Annual report of the Camel Specialist
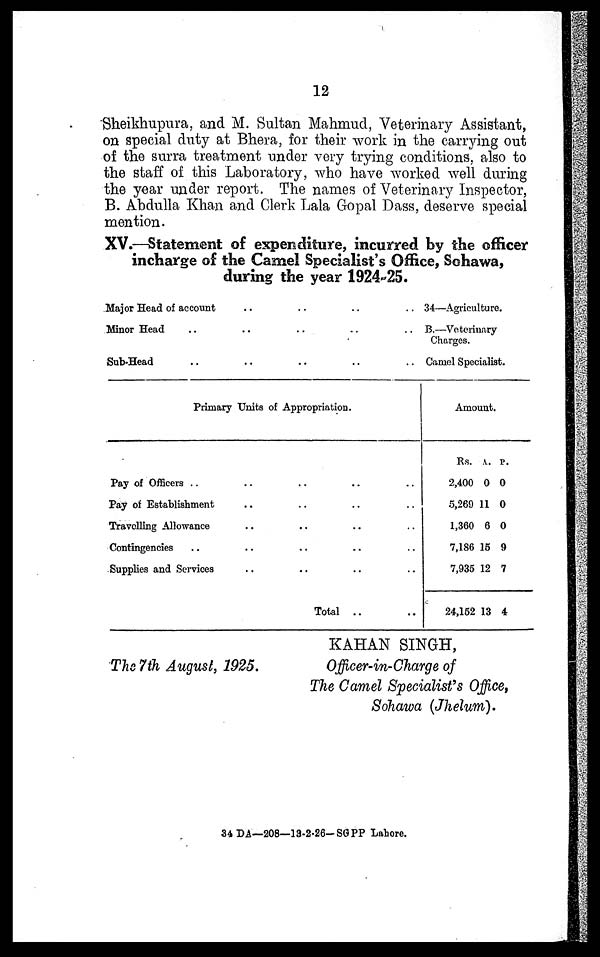
12
Sheikhupura, and M. Sultan Mahmud, Veterinary Assistant,
on special duty at Bhera, for their work in the carrying out
of the surra treatment under very trying conditions, also to
the staff of this Laboratory, who have worked well during
the year under report. The names of Veterinary Inspector,
B. Abdulla Khan and Clerk Lala Gopal Dass, deserve special
mention.
XV.—Statement of expenditure, incurred by the officer
incharge of the Camel Specialist's Office, Sohawa,
during the year 1924-25.
Major Head of account
Minor Head
Sub-Head
..
..
..
..
..
..
..
..
..
..
..
..
34—Agriculture.
B.—Veterinary
Charges.
Camel Specialist.
Primary Units of Appropriation.
Pay of Officers ..
Pay of Establishment
Travelling Allowance
Contingencies
Supplies and Services
..
..
..
..
..
..
..
..
..
..
..
..
..
..
..
..
..
..
Total ..
..
..
..
..
..
..
..
Amount.
Rs.
2,400
5,269
1,360
7,186
7,935
24,152
A.
0
11
6
15
12
13
P.
0
0
0
9
7
4
The 7th August, 1925.
KAHAN SINGH,
Officer-in-Charge of
The Camel Specialist's Of f i ce,
Sohawa (Jhelum).
34 DA—208—13-2-26-SGPP Lahore.